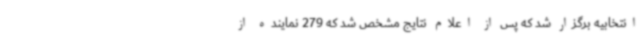
انتخابیه برگزار شد که پس از اعلام نتایج مشخص شد که 279 نماینده از